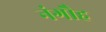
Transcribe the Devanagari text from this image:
नंगौह